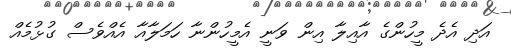
އަދި އެދެ މީހުންގެ އާއިލާ އިން ވަނީ އެމީހުންނާ ހަމަލާއާ އެއްވެސް ގުޅުމެއް